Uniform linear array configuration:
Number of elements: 24
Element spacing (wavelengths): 0.75
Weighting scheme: hamming
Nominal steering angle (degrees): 45
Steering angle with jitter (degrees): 44.974
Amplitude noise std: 0.05
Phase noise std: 0.05

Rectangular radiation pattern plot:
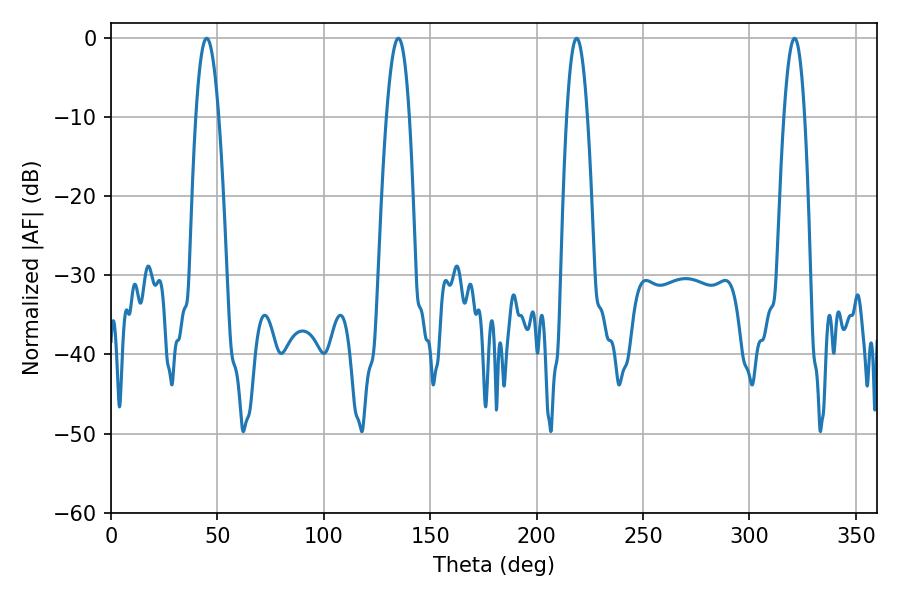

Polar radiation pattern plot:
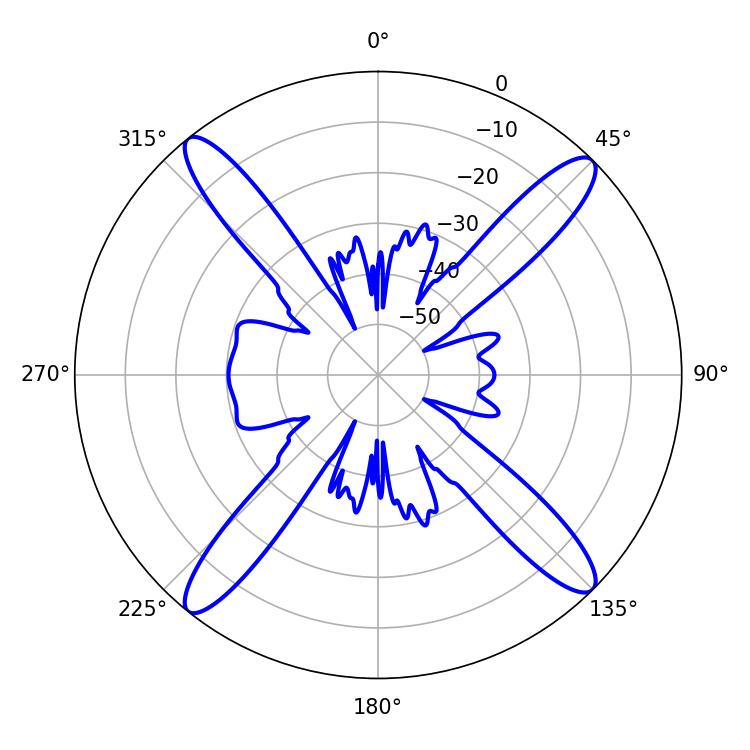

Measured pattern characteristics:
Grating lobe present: TRUE
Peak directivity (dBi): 18.153
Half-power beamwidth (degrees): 5.94
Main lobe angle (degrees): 45